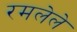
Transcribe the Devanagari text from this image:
रमलेले